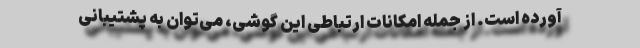
آورده است. از جمله امکانات ارتباطی این گوشی، می‌توان به پشتیبانی